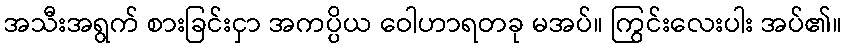
အသီးအရွက် စားခြင်းငှာ အကပ္ပိယ ဝေါဟာရတခု မအပ်။ ကြွင်းလေးပါး အပ်၏။